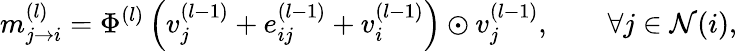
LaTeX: m_{j\rightarrow{i}}^{(l)}=\Phi^{(l)}\left(v_{j}^{(l-1)}+e_{ij}^{(l-1)}+v_{i}^{(l-1)}\right)\odot v_{j}^{(l-1)},\qquad\forall j\in\mathcal{N}(i),